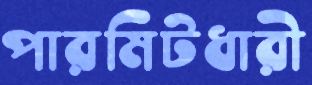
পারমিটধারী